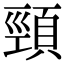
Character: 頸